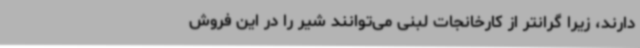
دارند، زیرا گرانتر از کارخانجات لبنی می‌توانند شیر را در این فروش